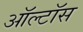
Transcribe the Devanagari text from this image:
ऑल्टॉस